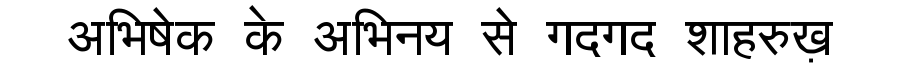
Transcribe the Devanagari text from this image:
अभिषेक के अभिनय से गदगद शाहरुख़